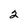
Character: 2